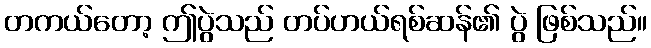
တကယ်တော့ ဤပွဲသည် တပ်ဟယ်ရစ်ဆန်၏ ပွဲ ဖြစ်သည်။